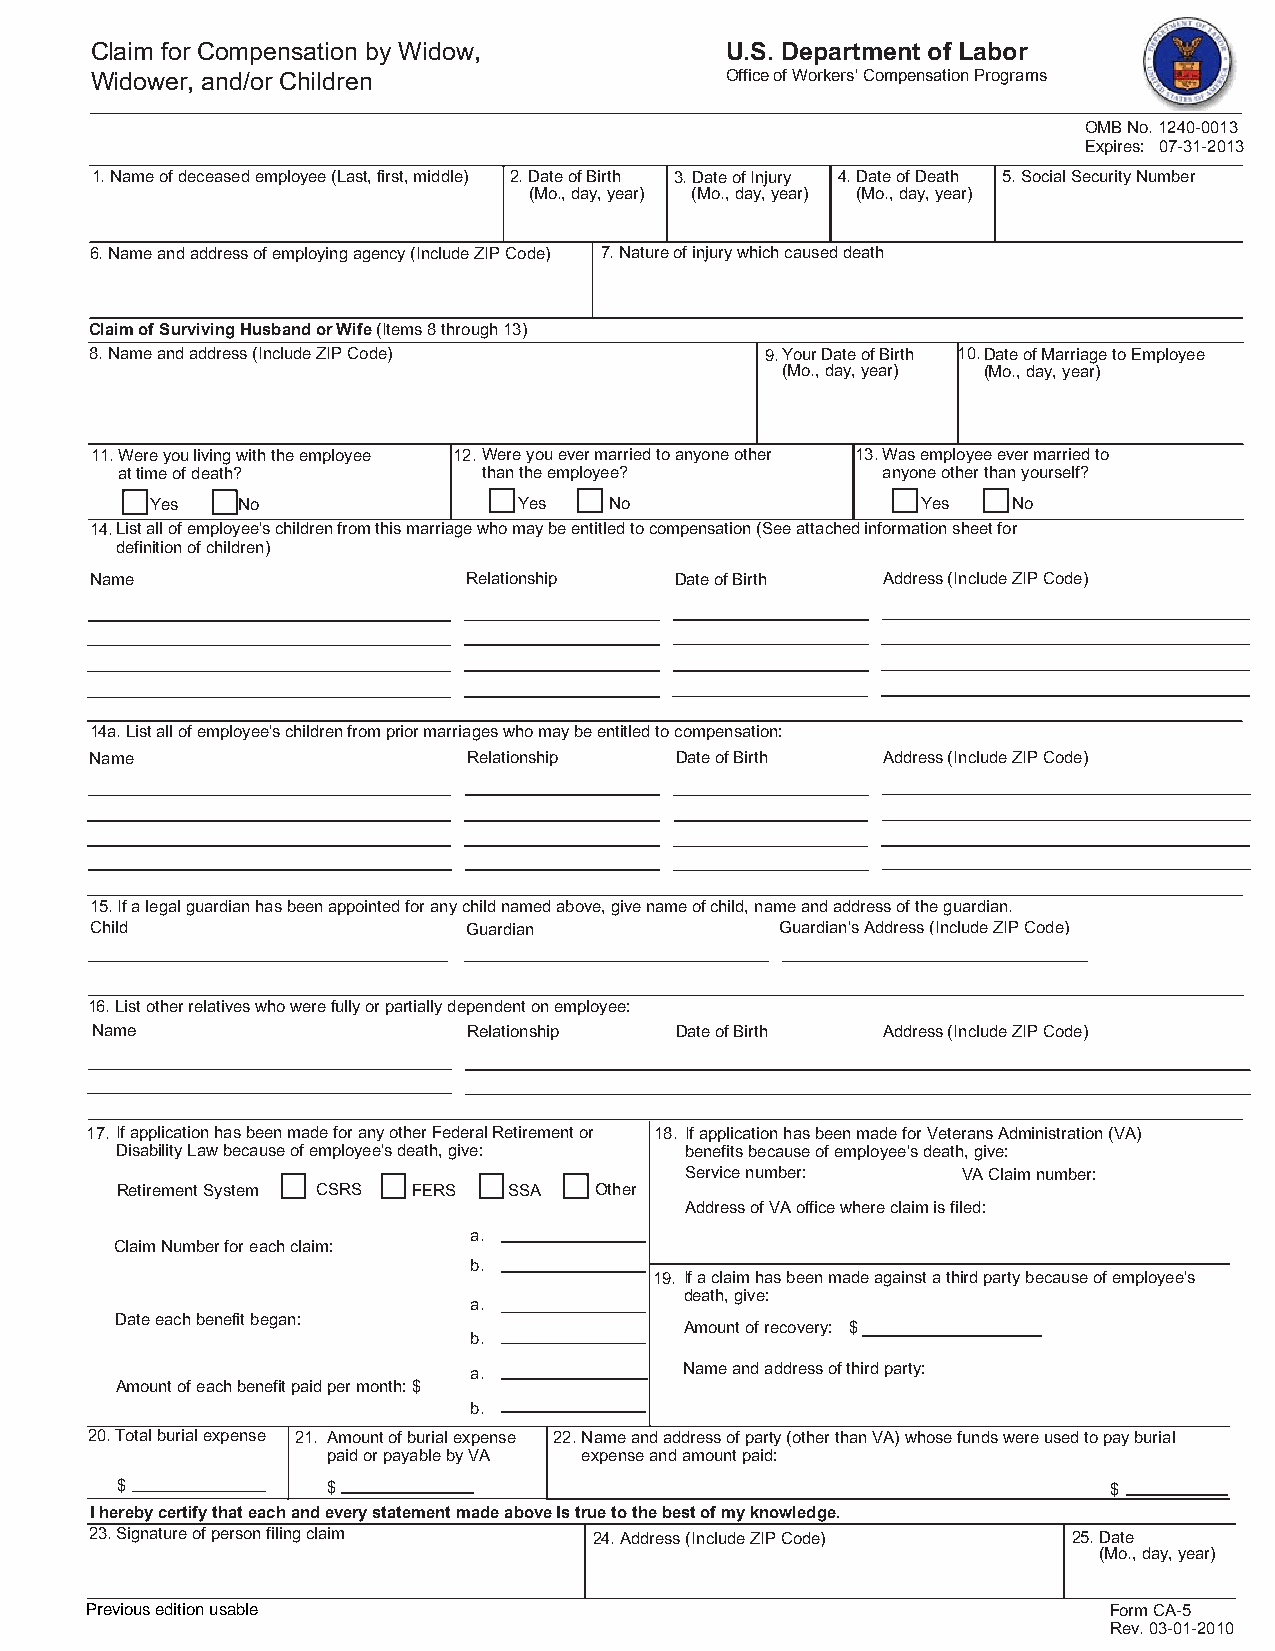
Claim for Compensation by Widow,          U.S. Department of Labor
 Widower, and/or Children                  Office of Workers' Compensation Programs
 OMB No. 1240-0013
 Expires: 07-31-2013
 1. Name of deceased employee (Last, first, middle) 2. Date of Birth 3. Date of Injury 4. Date of Death 5. Social Security Number
 (Mo., day, year) (Mo., day, year) (Mo., day, year)
 6. Name and address of employing agency (Include ZIP Code) 7. Nature of injury which caused death
 Claim of Surviving Husband or Wife (Items 8 through 13)
 8. Name and address (Include ZIP Code)       9.Your Date of Birth 10.Date of Marriage to Employee
 (Mo., day, year) (Mo., day, year)
 11.Were you living with the employee 12.Were you ever married to anyone other 13.Was employee ever married to
 at time of death?       than the employee?        anyone other than yourself?
 Yes   No                Yes   No                   Yes   No
 14.List all of employee's children from this marriage who may be entitled to compensation (See attached information sheet for
 definition of children)
 Name                     Relationship  Date of Birth Address (Include ZIP Code)
 14a. List all of employee's children from prior marriages who may be entitled to compensation:
 Name                     Relationship  Date of Birth Address (Include ZIP Code)
 15. If a legal guardian has been appointed for any child named above, give name of child, name and address of the guardian.
 Child                    Guardian             Guardian's Address (Include ZIP Code)
 16. List other relatives who were fully or partially dependent on employee:
 Name                     Relationship  Date of Birth Address (Include ZIP Code)
 17. If application has been made for any other Federal Retirement or 18. If application has been made for Veterans Administration (VA)
 Disability Law because of employee's death, give: benefits because of employee's death, give:
 Service number:    VA Claim number:
 Retirement System CSRS FERS SSA Other
 Address of VA office where claim is filed:
 a.
 Claim Number for each claim:
 b.
 19. If a claim has been made against a third party because of employee's
 death, give:
 a.
 Date each benefit began:
 Amount of recovery: $
 b.
 a.            Name and address of third party:
 Amount of each benefit paid per month: $
 b.
 20. Total burial expense 21. Amount of burial expense 22.Name and address of party (other than VA) whose funds were used to pay burial
 paid or payable by VA expense and amount paid:
 $             $                                                  $
 I hereby certify that each and every statement made above Is true to the best of my knowledge.
 23. Signature of person filing claim 24. Address (Include ZIP Code) 25. Date
 (Mo., day, year)
 Previous edition usable                                            Form CA-5
 Rev. 03-01-2010